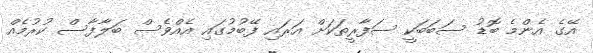
އޭގެ އެންމެ ބޮޑު ސަބަބަކީ ސަފާރީތަކަށް އަރައި ފޭބުމުގައި އެއްވެސް ބަލާފާސް ކުރުމެއް